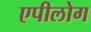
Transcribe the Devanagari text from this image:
एपीलोग